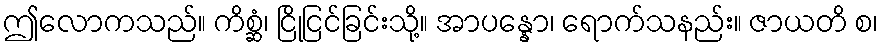
ဤလောကသည်။ ကိစ္ဆံ၊ ငြိုငြင်ခြင်းသို့။ အာပန္နော၊ ရောက်သနည်း။ ဇာယတိ စ၊